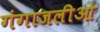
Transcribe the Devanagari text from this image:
गंगाजलीओ